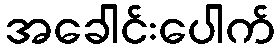
အခေါင်းပေါက်